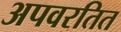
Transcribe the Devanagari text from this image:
अपवरतित